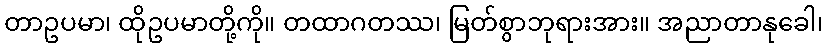
တာဥပမာ၊ ထိုဥပမာတို့ကို။ တထာဂတဿ၊ မြတ်စွာဘုရားအား။ အညာတာနုခေါ၊